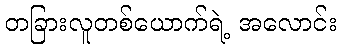
တခြားလူတစ်ယောက်ရဲ့ အလောင်း